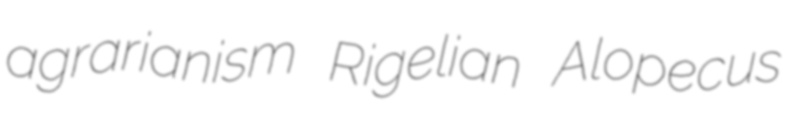
agrarianism Rigelian Alopecus